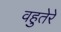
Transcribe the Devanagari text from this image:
वहुतेरे